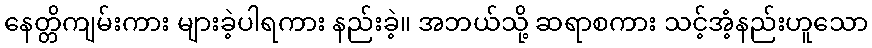
နေတ္တိကျမ်းကား များခဲ့ပါရကား နည်းခဲ့။ အဘယ်သို့ ဆရာစကား သင့်အံ့နည်းဟူသော